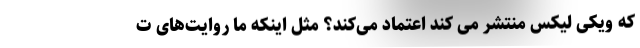
که ویکی لیکس منتشر می کند اعتماد می‌کند؟ مثل اینکه ما روایت‌های ت